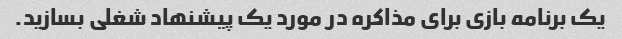
یک برنامه بازی برای مذاکره در مورد یک پیشنهاد شغلی بسازید.